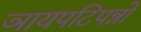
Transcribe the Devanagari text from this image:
ञायपटिपन्नो